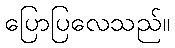
ပြောပြလေသည်။